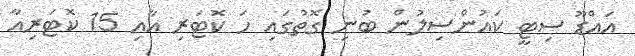
އައްޑޫ ސިޓީ ކައުންސިލުން ބުނި ގޮތުގައި ހަ ކޮޓަރި އާއި 15 ކޮޓަރިއާ